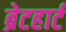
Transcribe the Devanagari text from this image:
ब्रेटहार्ट